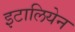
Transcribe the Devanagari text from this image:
इटालियेन